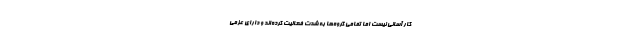
کار آسانی نیست اما تمامی گروه‌ها به شدت فعالیت کرده‌اند و دارای عزمی